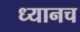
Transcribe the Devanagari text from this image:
ध्यानच